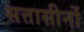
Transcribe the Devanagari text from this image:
सत्तासीनों